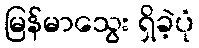
မြန်မာသွေး ရှိခဲ့ပုံ